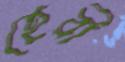
হেরী